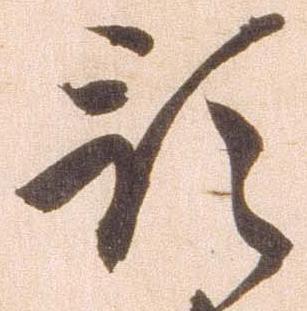
預